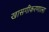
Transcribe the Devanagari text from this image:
खासगीकरणाला